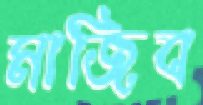
মাজিব